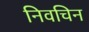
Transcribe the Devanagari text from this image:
निवचिन